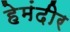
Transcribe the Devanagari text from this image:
हेमंदीर